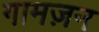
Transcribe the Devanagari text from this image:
गामज़न